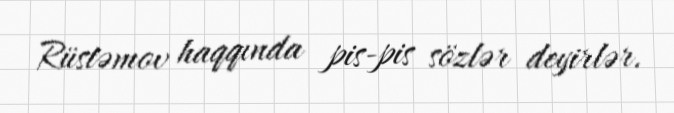
Rüstəmov haqqında pis-pis sözlər deyirlər.